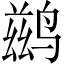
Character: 鹚